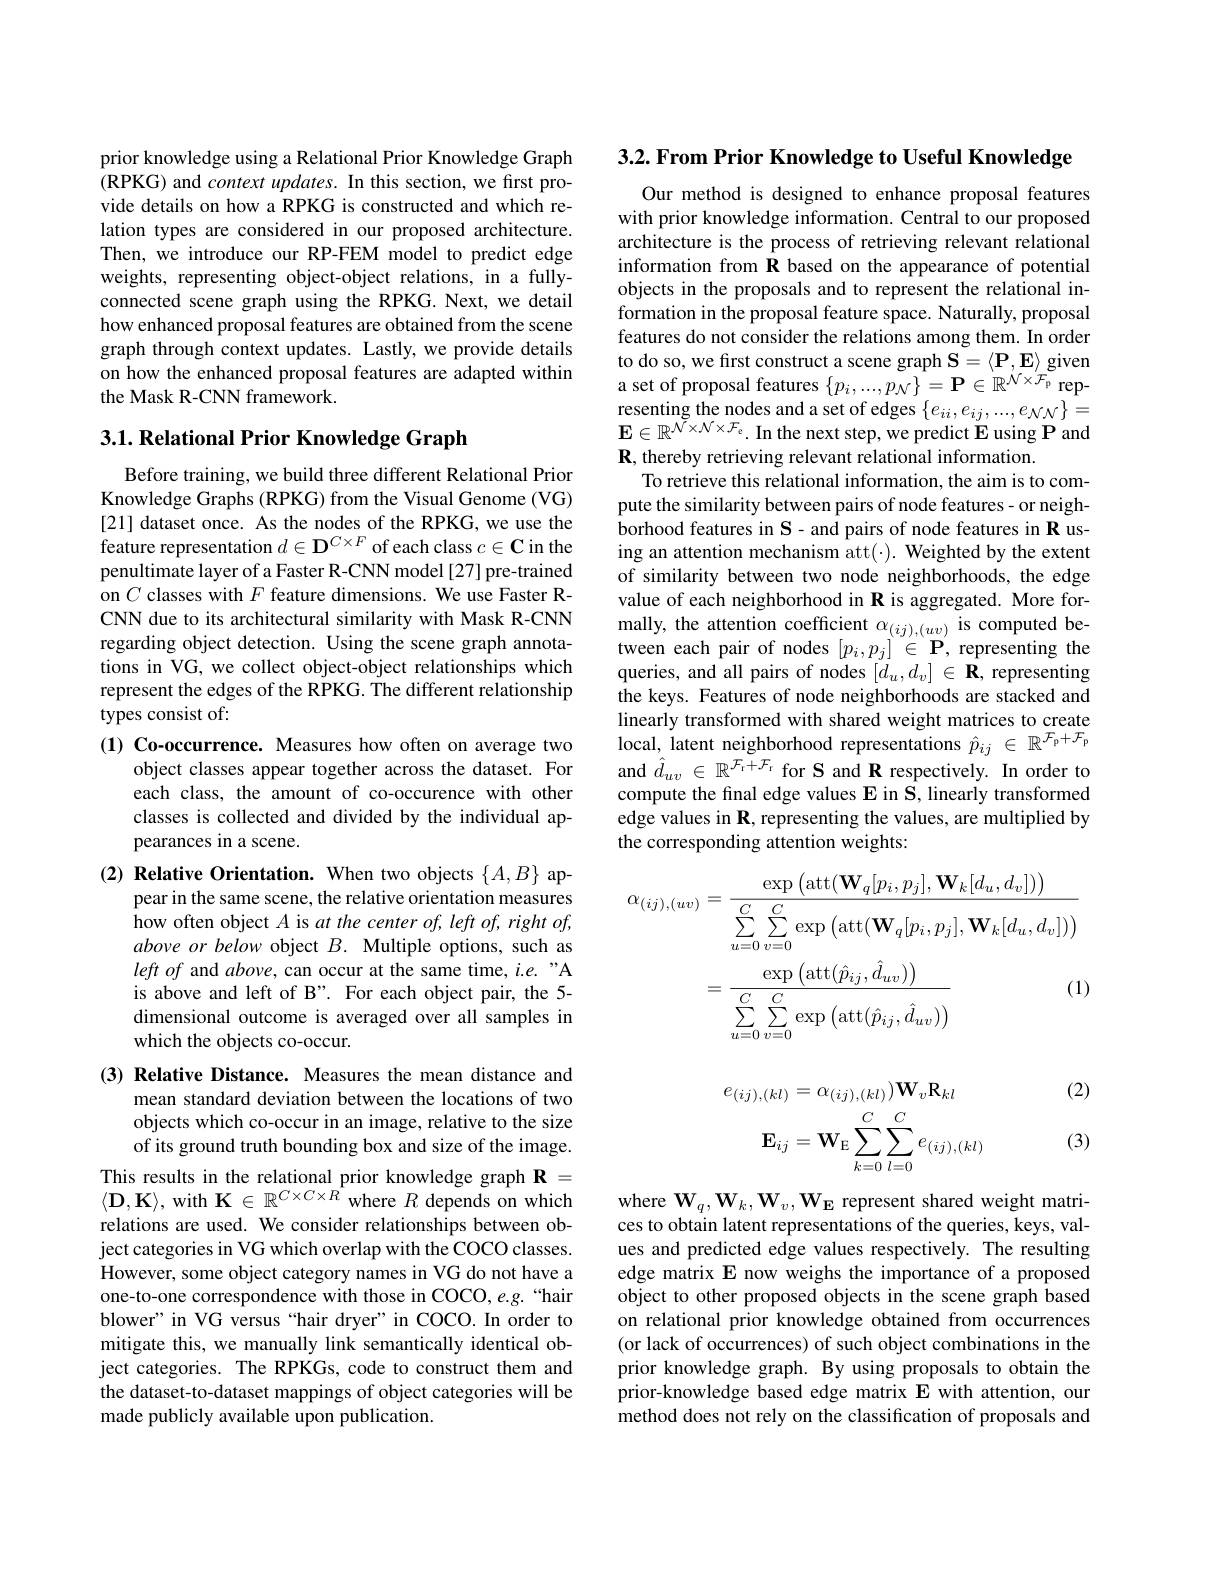
prior knowledge using a Relational Prior Knowledge Graph (RPKG) and context updates. In this section, we first provide details on how a RPKG is constructed and which relation types are considered in our proposed architecture. Then, we introduce our RP-FEM model to predict edge weights, representing object-object relations, in a fullyconnected scene graph using the RPKG. Next, we detail how enhanced proposal features are obtained from the scene graph through context updates. Lastly, we provide details on how the enhanced proposal features are adapted within the Mask R-CNN framework.

## $3. 1. \textbf{Relational Prior Knowledge Graph}$

Before training, we build three different Relational Prior Knowledge Graphs (RPKG) from the Visual Genome (VG) [21] dataset once. As the nodes of the RPKG, we use the feature representation $d\in\mathbf{D}^{C\times F}$ of each class $c\in\mathbf{C}$ in the penultimate layer of a Faster R-CNN model [27] pre-trained on $C$ classes with $F$ feature dimensions. We use Faster RCNN due to its architectural similarity with Mask R-CNN regarding object detection. Using the scene graph annotations in VG, we collect object-object relationships which represent the edges of the RPKG. The different relationship types consist of:
(1) Co-occurrence. Measures how often on average two
object classes appear together across the dataset. For each class, the amount of co-occurence with other classes is collected and divided by the individual appearances in a scene.
(2) Relative Orientation. When two objects $\{A,B\}$ ap-

pear in the same scene, the relative orientation measures how often object $A$ is at the center of, left of, right of, above or below object $B.$ Multiple options, such as left of and above, can occur at the same time, i.e."A is above and left of B". For each object pair, the 5- dimensional outcome is averaged over all samples in which the objects co-occur.

(3) Relative Distance. Measures the mean distance and
mean standard deviation between the locations of two objects which co-occur in an image, relative to the size of its ground truth bounding box and size of the image.

This results in the relational prior knowledge graph $\mathbf{R}=$ $\langle\mathbf{D},\mathbf{K}\rangle$, with $\mathbf{K}\in\mathbb{R}^{C\times C\times\hat{R}}$ where $R$ depends on which relations are used. We consider relationships between object categories in VG which overlap with the COCO classes. However, some object category names in VG do not have a one-to-one correspondence with those in COCO, e.g. “hair blower" in VG versus “hair dryer”in COCO.In order to mitigate this, we manually link semantically identical object categories. The RPKGs, code to construct them and the dataset-to-dataset mappings of object categories will be made publicly available upon publication.

3.2. From Prior Knowledge to Useful Knowledge

Our method is designed to enhance proposal features with prior knowledge information. Central to our proposed architecture is the process of retrieving relevant relational information from R based on the appearance of potential objects in the proposals and to represent the relational information in the proposal feature space. Naturally, proposal features do not consider the relations among them. In order $\begin{array}{l}\text{to do so, we first construct a scene graph S}=\langle\mathbf{P},\mathbf{E}\rangle\mathrm{~given}\\\text{a set of proposal features }\{p_{i},\ldots,p_{\mathcal{N}}\}=\mathbf{P}\in\mathbb{R}^{\mathcal{N}\times\mathcal{F}_{\mathfrak{p}}}\mathrm{~rep-}\end{array}$ $\begin{array}{l}{\text{resenting the nodes and a set of edges}}\left\{e_{ii},e_{ij},...,e_{NN}\right\}=\\{\mathbf{E}\in\mathbb{R}^{{\mathcal{N}\times\mathcal{N}\times\mathcal{F}_{e}}}}.\mathrm{In~the~next~step,~we~predict~E~using~P~and}\end{array}$ $\mathbf{R}$, thereby retrieving relevant relational information.
To retrieve this relational information, the aim is to compute the similarity between pairs of node features- or neighborhood features in S- and pairs of node features in R using an attention mechanism att(·). Weighted by the extent of similarity between two node neighborhoods, the edge value of each neighborhood in R is aggregated. More formally, the attention coefficient $\alpha_{(ij),(uv)}$ is computed between each pair of nodes $[p_{i},p_{j}]\in\mathbf{P}$, representing the queries, and all pairs of nodes $[\ddot{d}_u,d_v]\in\mathbf{R}$, representing the keys. Features of node neighborhoods are stacked and linearly transformed with shared weight matrices to create local, latent neighborhood representations $\hat{p}_{ij}\in\mathbb{R}^{\mathcal{F}_{\mathfrak{p}}+\mathcal{F}_{\mathfrak{p}}}$ and $\hat{d}_{uv}\in\mathbb{R}^{\mathcal{F}_{\mathrm{r}}+\mathcal{F}_{\mathrm{r}}}$ for S and R respectively. In order to compute the final edge values E in S, linearly transformed edge values in $\mathbf{R}$, representing the values, are multiplied by the corresponding attention weights:
$$\begin{aligned}\alpha_{(ij),(uv)}&=\frac{\exp\left(\mathrm{att}(\mathbf{W}_{q}[p_{i},p_{j}],\mathbf{W}_{k}[d_{u},d_{v}])\right)}{\sum_{u=0}^{C}\sum_{v=0}^{C}\exp\left(\mathrm{att}(\mathbf{W}_{q}[p_{i},p_{j}],\mathbf{W}_{k}[d_{u},d_{v}])\right)}\\&=\frac{\exp\left(\mathrm{att}(\hat{p}_{ij},\hat{d}_{uv})\right)}{\sum_{u=0}^{C}\sum_{v=0}^{C}\exp\left(\mathrm{att}(\hat{p}_{ij},\hat{d}_{uv})\right)}&\text{(1)}\end{aligned}$$
(2)
$$e_{(ij),(kl)}=\alpha_{(ij),(kl)})\mathbf{W}_{v}\mathbf{R}_{kl}\\\mathbf{E}_{ij}=\mathbf{W}_{\mathrm{E}}\sum_{k=0}^{C}\sum_{l=0}^{C}e_{(ij),(kl)}$$
(3)

where $\mathbf{W}_q,\mathbf{W}_k,\mathbf{W}_v,\mathbf{W}_{\mathbf{E}}$ represent shared weight matrices to obtain latent representations of the queries, keys, values and predicted edge values respectively. The resulting edge matrix E now weighs the importance of a proposed object to other proposed objects in the scene graph based on relational prior knowledge obtained from occurrences (or lack of occurrences) of such object combinations in the prior knowledge graph. By using proposals to obtain the prior-knowledge based edge matrix E with attention, our method does not rely on the classification of proposals and